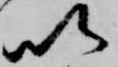
以